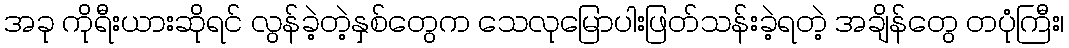
အခု ကိုရီးယားဆိုရင် လွန်ခဲ့တဲ့နှစ်တွေက သေလုမြောပါးဖြတ်သန်းခဲ့ရတဲ့ အချိန်တွေ တပုံကြီး၊